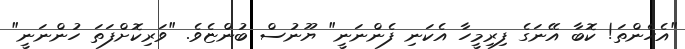
"އެހެންތަ! ކޮބާ އޭނަގެ ފިރިމީހާ އެކަނި ފެންނަނީ" ޔޫނުސް ބުންޏެވެ. "ވަރިކޮށްފަތަ ހުންނަނީ"